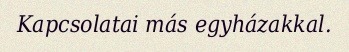
Kapcsolatai más egyházakkal.